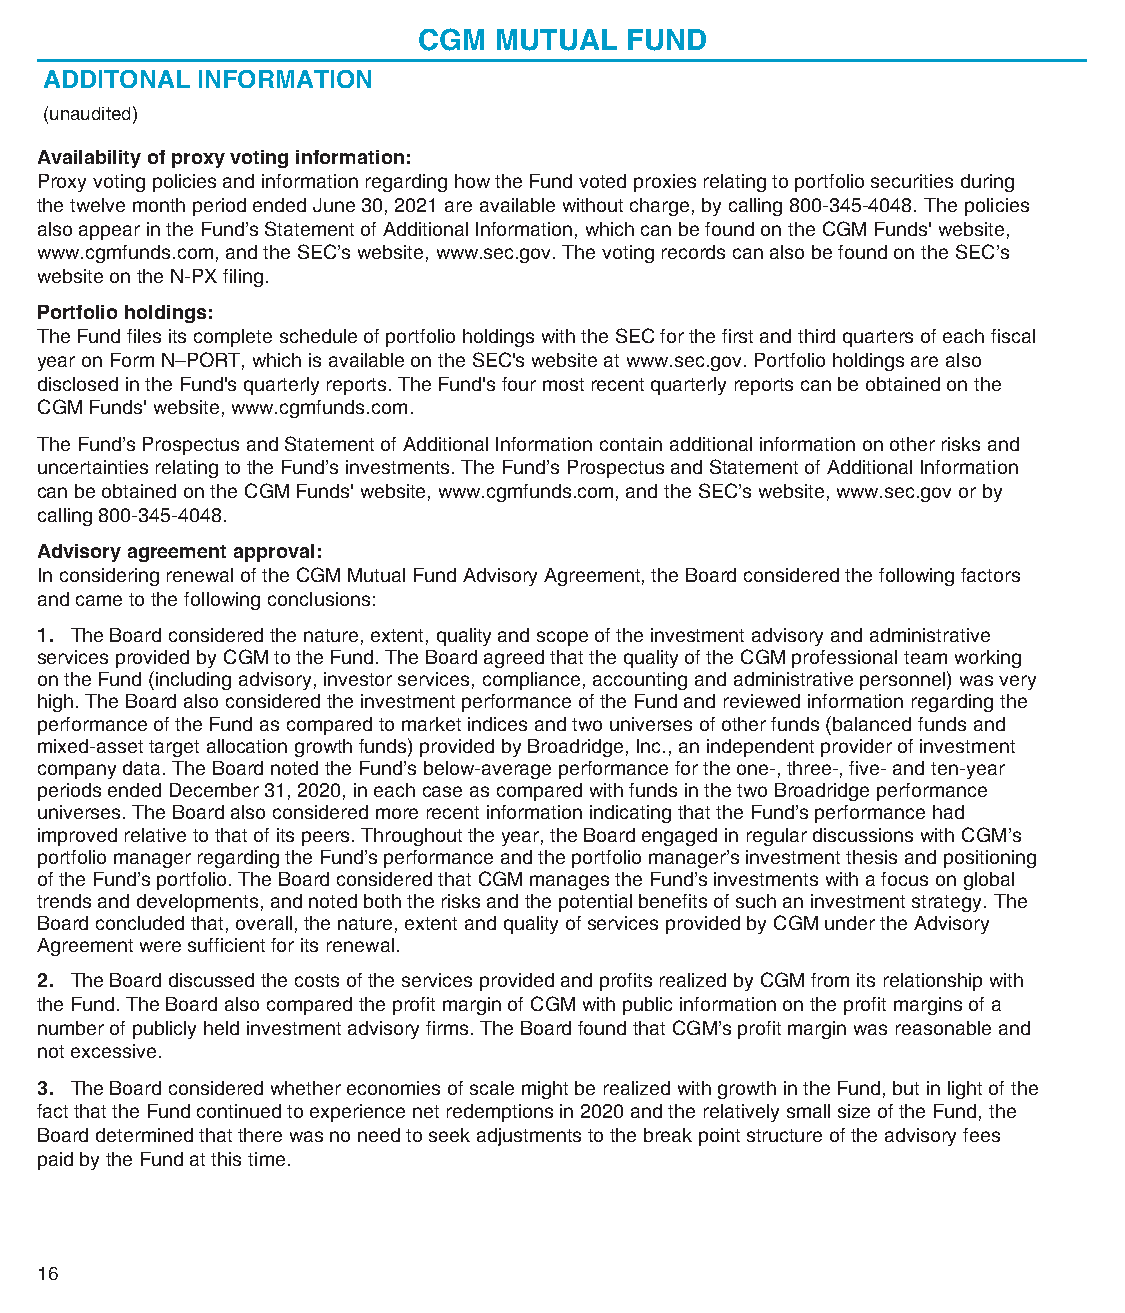
CGM  MUTUAL  FUND
 ADDITONAL INFORMATION
 (unaudited)
 Availability of proxy voting information:
 Proxy voting policies and information regarding how the Fund voted proxies relating to portfolio securities during
 the twelve month period ended June 30, 2021 are available without charge, by calling 800-345-4048. The policies
 also appear in the Fund’s Statement of Additional Information, which can be found on the CGM Funds' website,
 www.cgmfunds.com, and the SEC’s website, www.sec.gov. The voting records can also be found on the SEC’s
 website on the N-PX filing.
 Portfolio holdings:
 The Fund files its complete schedule of portfolio holdings with the SEC for the first and third quarters of each fiscal
 year on Form N–PORT, which is available on the SEC's website at www.sec.gov. Portfolio holdings are also
 disclosed in the Fund's quarterly reports. The Fund's four most recent quarterly reports can be obtained on the
 CGM Funds' website, www.cgmfunds.com.
 The Fund’s Prospectus and Statement of Additional Information contain additional information on other risks and
 uncertainties relating to the Fund’s investments. The Fund’s Prospectus and Statement of Additional Information
 can be obtained on the CGM Funds' website, www.cgmfunds.com, and the SEC’s website, www.sec.gov or by
 calling 800-345-4048.
 Advisory agreement approval:
 In considering renewal of the CGM Mutual Fund Advisory Agreement, the Board considered the following factors
 and came to the following conclusions:
 1. The Board considered the nature, extent, quality and scope of the investment advisory and administrative
 services provided by CGM to the Fund. The Board agreed that the quality of the CGM professional team working
 on the Fund (including advisory, investor services, compliance, accounting and administrative personnel) was very
 high. The Board also considered the investment performance of the Fund and reviewed information regarding the
 performance of the Fund as compared to market indices and two universes of other funds (balanced funds and
 mixed-asset target allocation growth funds) provided by Broadridge, Inc., an independent provider of investment
 company data. The Board noted the Fund’s below-average performance for the one-, three-, five- and ten-year
 periods ended December 31, 2020, in each case as compared with funds in the two Broadridge performance
 universes. The Board also considered more recent information indicating that the Fund’s performance had
 improved relative to that of its peers. Throughout the year, the Board engaged in regular discussions with CGM’s
 portfolio manager regarding the Fund’s performance and the portfolio manager’s investment thesis and positioning
 of the Fund’s portfolio. The Board considered that CGM manages the Fund’s investments with a focus on global
 trends and developments, and noted both the risks and the potential benefits of such an investment strategy. The
 Board concluded that, overall, the nature, extent and quality of services provided by CGM under the Advisory
 Agreement were sufficient for its renewal.
 2. The Board discussed the costs of the services provided and profits realized by CGM from its relationship with
 the Fund. The Board also compared the profit margin of CGM with public information on the profit margins of a
 number of publicly held investment advisory firms. The Board found that CGM’s profit margin was reasonable and
 not excessive.
 3. The Board considered whether economies of scale might be realized with growth in the Fund, but in light of the
 fact that the Fund continued to experience net redemptions in 2020 and the relatively small size of the Fund, the
 Board determined that there was no need to seek adjustments to the break point structure of the advisory fees
 paid by the Fund at this time.
 16